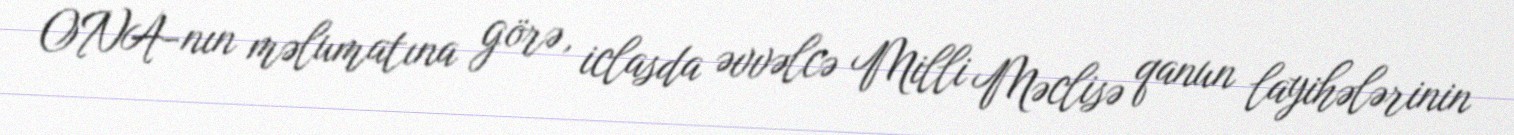
ONA-nın məlumatına görə, iclasda əvvəlcə Milli Məclisə qanun layihələrinin